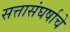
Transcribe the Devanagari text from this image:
सत्तासंघर्षाचे